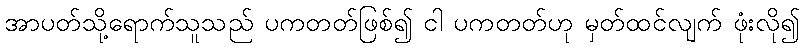
အာပတ်သို့ရောက်သူသည် ပကတတ်ဖြစ်၍ ငါ ပကတတ်ဟု မှတ်ထင်လျက် ဖုံးလို၍